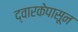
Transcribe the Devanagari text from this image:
द्वारकेपासून